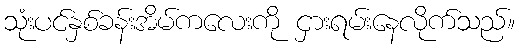
သုံးပင်နှစ်ခန်းအိမ်ကလေးကို ငှားရမ်းနေလိုက်သည်။